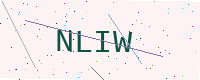
Text: NLIW